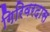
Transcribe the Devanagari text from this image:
गिरिवरदास